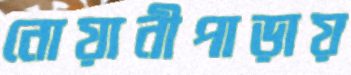
নোয়ানীপাড়ায়